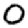
Digit: 0